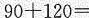
$$9 0 + 1 2 0 =$$